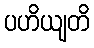
ပဟိယျတိ